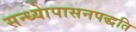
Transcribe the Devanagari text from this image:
सन्ध्याेपासनपद्धति